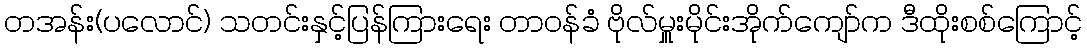
တအန်း(ပလောင်) သတင်းနှင့်ပြန်ကြားရေး တာဝန်ခံ ဗိုလ်မှူးမိုင်းအိုက်ကျော်က ဒီထိုးစစ်ကြောင့်